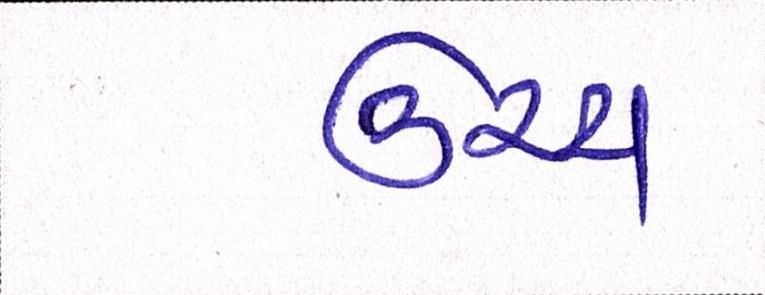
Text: ઉચ્ચ